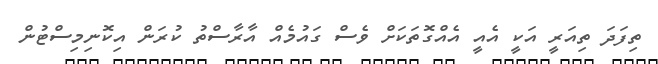
ތިފަދަ ތިއަރީ އަކީ އެއީ އެއްގޮތަކަށް ވެސް ގައުމެއް އާރާސްތު ކުރަން އިކޮނިމިސްޓުން